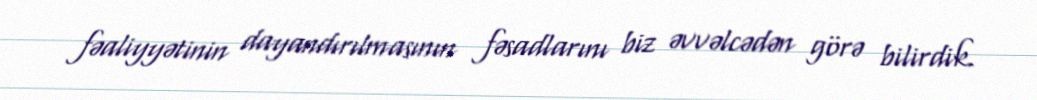
fəaliyyətinin dayandırılmasının fəsadlarını biz əvvəlcədən görə bilirdik.